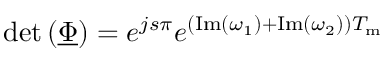
\mathrm { d e t } \left( \underline { { \boldsymbol { \Phi } } } \right) = e ^ { j s \pi } e ^ { \left( \mathrm { I m } \left( \omega _ { 1 } \right) + \mathrm { I m } \left( \omega _ { 2 } \right) \right) T _ { \mathrm { m } } }